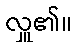
လှူ၏။